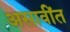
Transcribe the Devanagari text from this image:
असावींत